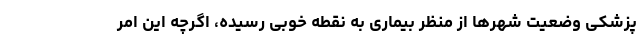
پزشکی وضعیت شهرها از منظر بیماری به نقطه خوبی رسیده، اگرچه این امر